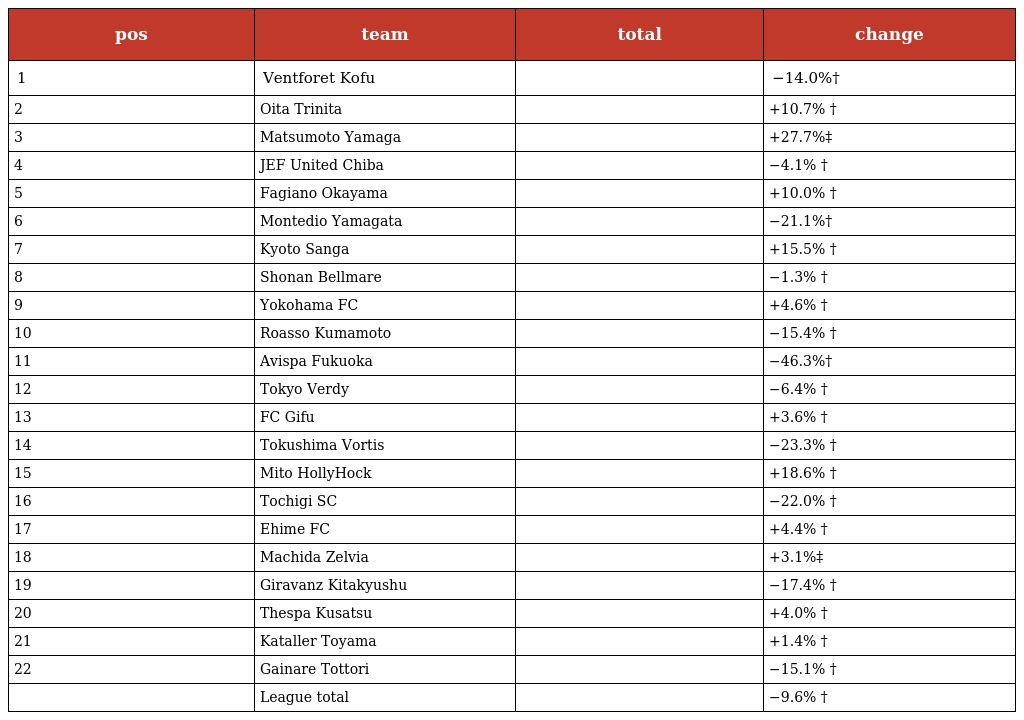
| pos | team | total | change |
 | --- | --- | --- | --- |
 | 1 | Ventforet Kofu |  | −14.0%† |
 | 2 | Oita Trinita |  | +10.7% † |
 | 3 | Matsumoto Yamaga |  | +27.7%‡ |
 | 4 | JEF United Chiba |  | −4.1% † |
 | 5 | Fagiano Okayama |  | +10.0% † |
 | 6 | Montedio Yamagata |  | −21.1%† |
 | 7 | Kyoto Sanga |  | +15.5% † |
 | 8 | Shonan Bellmare |  | −1.3% † |
 | 9 | Yokohama FC |  | +4.6% † |
 | 10 | Roasso Kumamoto |  | −15.4% † |
 | 11 | Avispa Fukuoka |  | −46.3%† |
 | 12 | Tokyo Verdy |  | −6.4% † |
 | 13 | FC Gifu |  | +3.6% † |
 | 14 | Tokushima Vortis |  | −23.3% † |
 | 15 | Mito HollyHock |  | +18.6% † |
 | 16 | Tochigi SC |  | −22.0% † |
 | 17 | Ehime FC |  | +4.4% † |
 | 18 | Machida Zelvia |  | +3.1%‡ |
 | 19 | Giravanz Kitakyushu |  | −17.4% † |
 | 20 | Thespa Kusatsu |  | +4.0% † |
 | 21 | Kataller Toyama |  | +1.4% † |
 | 22 | Gainare Tottori |  | −15.1% † |
 |  | League total |  | −9.6% † |